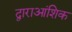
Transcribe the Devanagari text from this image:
द्वाराआंशिक